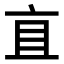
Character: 𬽈